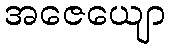
အဇေယျော